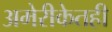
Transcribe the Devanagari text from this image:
अमेरीकेतही